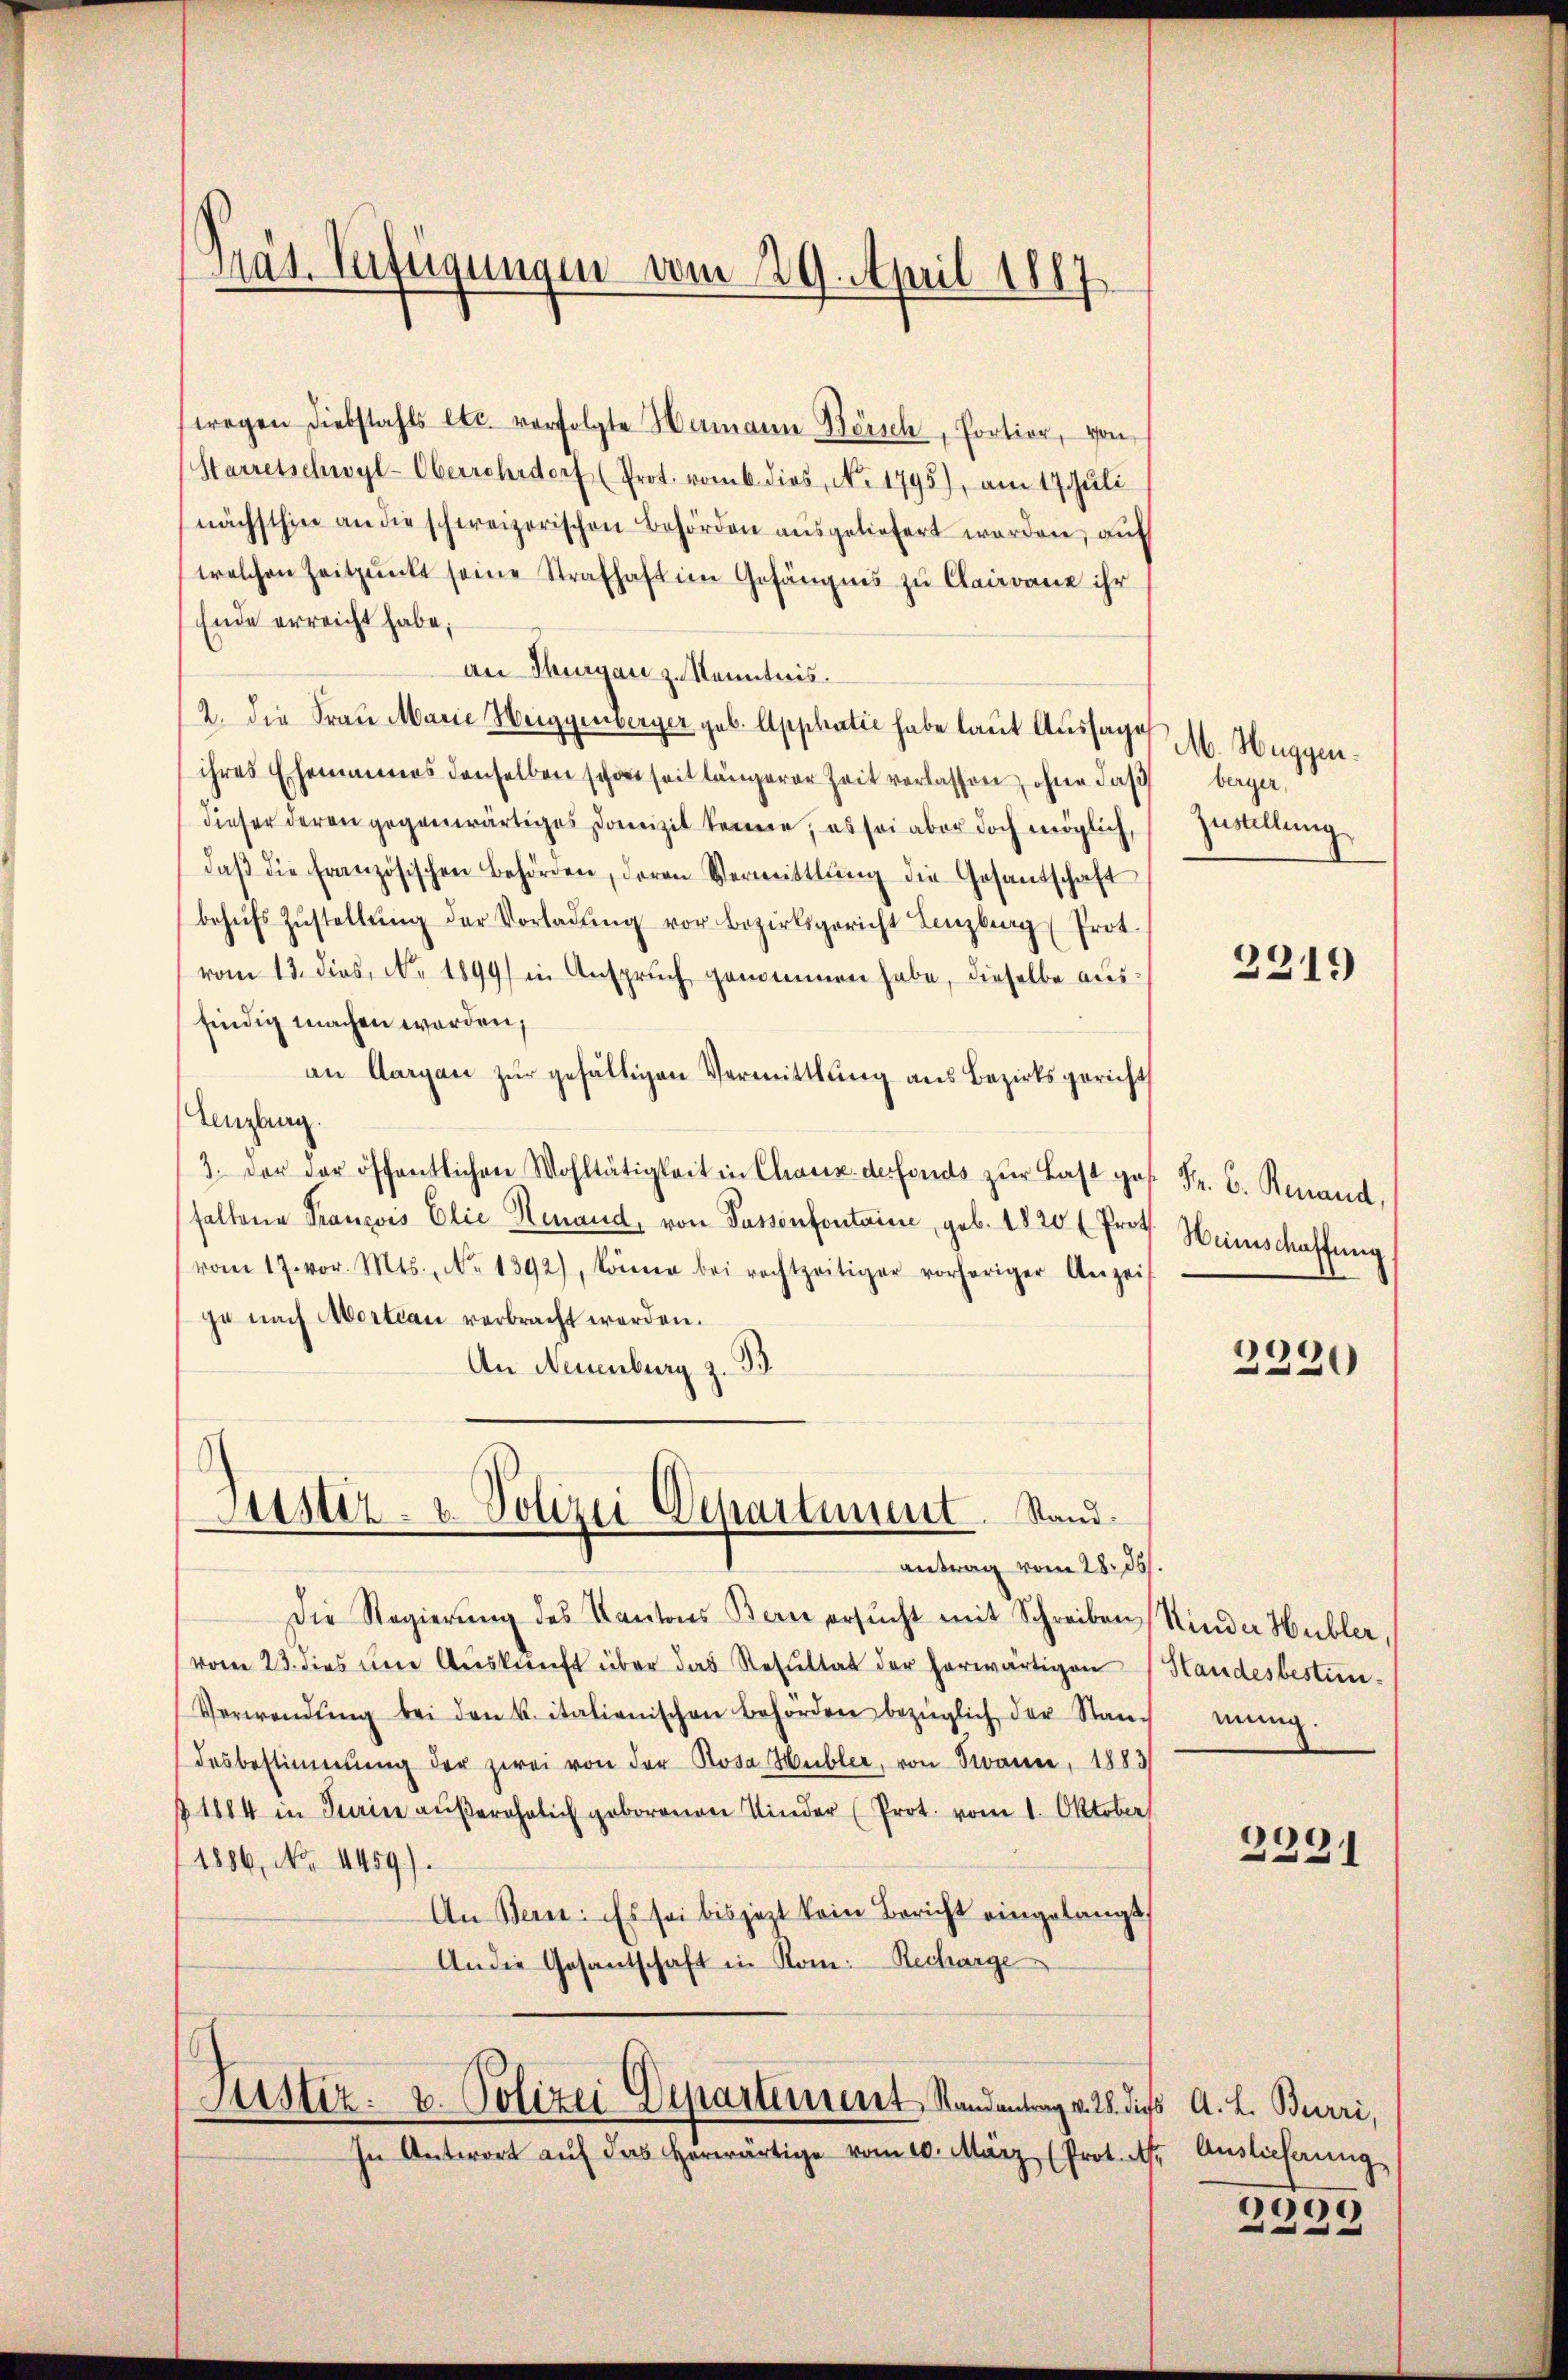
Präs. Verfügungen vom 29. April 1887

wegen Diebstahls etc. verfolgte Hermann Börsch, Portier, von
Starretschwyl-Überrohrdorf (Prot. vom 6. dies, No 1795), am 17. Juli
nächsthin an die schweizerischen Behörden ausgeliefert worden, auf
welchen Zeitpunkt seine Strafhaft im Gefängnis zu Clairane ihr
Ende erreicht habe;
an Thurgau zu Kenntnis.
2. die Frau Marie Heiggenberger geb. Apphatie habe laut Aussage
ihres Ehemannes denselben schon seit längerer Zeit verlassen, ohne das berger,
dieser deren gegenwärtiges Domizil kenne, es sei aber doch möglich,
daβ die französischen Behörden, deren Vermittlung die Gesandschaft
behufs Zŭstellŭng der Vorladŭng vor Bezirksgericht Lenzburg Prot.
vom 13. dies, No. 1899) in Anspruch genommen habe, dieselbe ausfindig machen worden,
an Aargau zur gefälligen Vermittlung aus Bezirksgericht
Angling.
3. der der öffentlichen Wohltätigkeit in Chaux defonds zŭr Last ges. Fr. 6. Renaud,
fallene Franzois Elie Remand, von Passenfontaine, geb. 1820 ( Prof. Heimschaffung
vom 17. vor. Mts., No 1392), könne bei rechtzeitiger vorhöriger Anzeije nach Mortian verbracht werden.
An Neuenburg z. B.

Justiz- u. Polizei Departement. Stand
antrag vom 28. ds.

Die Regierŭng des Kantons Bern ersŭcht mit Schreiben
vom 23. dies um Auskunft über das Resultat der herwärtigen
Verwendŭng bei den k. italienischen Behörden bezüglich der Standesbestimmung der zwei von der Rosa Hubler, von Trauer, 1883
§ 1884 in Turin außerehelich geborenen Kinder (Prot. vom 1. Oktober
1886, No. 4459).
An Bern: Es sei bis jezt kein Bericht eingelangt,
An die Gesantschaft in Rom. Recharge
Justiz- u. Polizei Departement Randantrag v. 28. dies A. L. Burri,
In Antwort aŭf das herwärtige vom 10. März (Prot. et. Auslicherŭng

M. Huggen¬
Zustellung

2219

2320

Kinder Hubler,
Standesbestimmung.

2391

2999